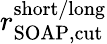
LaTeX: r_{\mathrm{SOAP,cut}}^{\mathrm{short/long}}